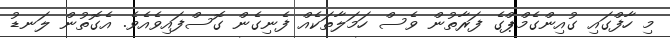
މި ހާފްގައި ގުއިންގެމްޕްގެ ފަރާތުން ވެސް ހަމަލާތަކެއް ފެނިގެން ގޮސްފައިވެއެވެ. އެގޮތުން ލަނޑު